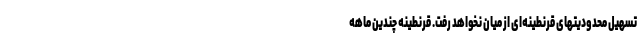
تسهیل محدودیتهای قرنطینه‌ای از میان نخواهد رفت. قرنطینه چندین ماهه